Vaccination returns of the Province of Eastern Bengal and Assam - 1905-1912
Year: 1905
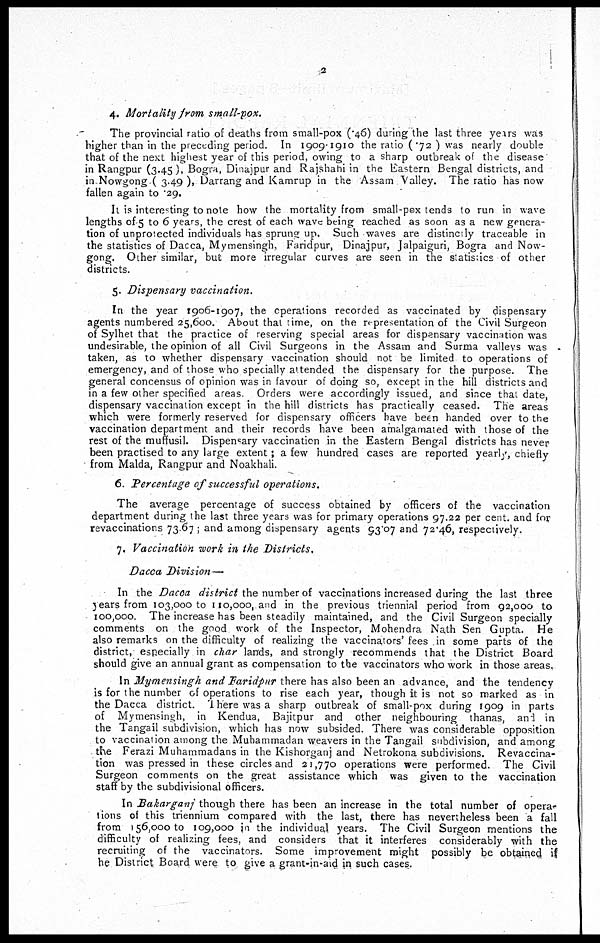
2
4. Mortality from small-pox.
The provincial ratio of deaths from small-pox (.46) during the last three years was
higher than in the preceding period. In 1909-1910 the ratio (.72 ) was nearly double
that of the next highest year of this period, owing to a sharp outbreak of the disease
in Rangpur (3.45 ), Bogra, Dinajpur and Rajshahi in the Eastern Bengal districts, and
in Nowgong.( 3.49 ), Darrang and Kamrup in the Assam Valley. The ratio has now
fallen again to .29.
It is interesting to note how the mortality from small-pox tends to run in wave
lengths of 5 to 6 years, the crest of each wave being reached as soon as a new genera-
tion of unprotected individuals has sprung up. Such waves are distinctly traceable in
the statistics of Dacca, Mymensingh, Faridpur, Dinajpur, Jalpaiguri, Bogra and Now-
gong. Other similar, but more irregular curves are seen in the statistics of other
districts.
5. Dispensary vaccination.
In the year 1906-1907, the operations recorded as vaccinated by dispensary
agents numbered 25,600. About that time, on the representation of the Civil Surgeon
of Sylhet that the practice of reserving special areas for dispensary vaccination was
undesirable, the opinion of all Civil Surgeons in the Assam and Surma valleys was
taken, as to whether dispensary vaccination should not be limited to operations of
emergency, and of those who specially attended the dispensary for the purpose. The
general concensus of opinion was in favour of doing so, except in the hill districts and
in a few other specified areas. Orders were accordingly issued, and since that date,
dispensary vaccination except in the hill districts has practically ceased. The areas
which were formerly reserved for dispensary officers have been handed over to the
vaccination department and their records have been amalgamated with those of the
rest of the muffusil. Dispensary vaccination in the Eastern Bengal districts has never
been practised to any large extent; a few hundred cases are reported yearly, chiefly
from Malda, Rangpur and Noakhali.
6. Percentage of successful operations.
The average percentage of success obtained by officers of the vaccination
department during the last three years was for primary operations 97.22 per cent. and for
revaccinations 73.67 ; and among dispensary agents 93.07 and 72.46, respectively.
7. Vaccination work in the Districts.
Dacca Division—
In the Dacca district the number of vaccinations increased during the last three
years from 103,000 to 110,000,and in the previous triennial period from 92,000 to
100,000. The increase has been steadily maintained, and the Civil Surgeon specially
comments on the good work of the Inspector, Mohendra Nath Sen Gupta. He
also remarks on the difficulty of realizing the vaccinators' fees in some parts of the
district, especially in char lands, and strongly recommends that the District Board
should give an annual grant as compensation to the vaccinators who work in those areas.
In Mymensingh and Faridpur there has also been an advance, and the tendency
is for the number of operations to rise each year, though it is not so marked as in
the Dacca district. There was a sharp outbreak of small-pox during 1909 in parts
of Mymensingh, in Kendua, Bajitpur and other neighbouring thanas, and in
the Tangail subdivision, which has now subsided. There was considerable opposition
to vaccination among the Muhammadan weavers in the Tangail subdivision, and among
the Ferazi Muhammadans in the Kishorganj and Netrokona subdivisions. Revaccina-
tion was pressed in these circles and 21,770 operations were performed. The Civil
Surgeon comments on the great assistance which was given to the vaccination
staff by the subdivisional officers.
In Bakarganj though there has been an increase in the total number of opera-
tions of this triennium compared with the last, there has nevertheless been a fall
from 156,000 to 109,000 in the individual years. The Civil Surgeon mentions the
difficulty of realizing fees, and considers that it interferes considerably with the
recruiting of the vaccinators. Some improvement might possibly be obtained if
he District Board were to give a grant-in-aid in such cases.